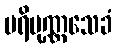
ပရိပုဏ္ဏသေခံ